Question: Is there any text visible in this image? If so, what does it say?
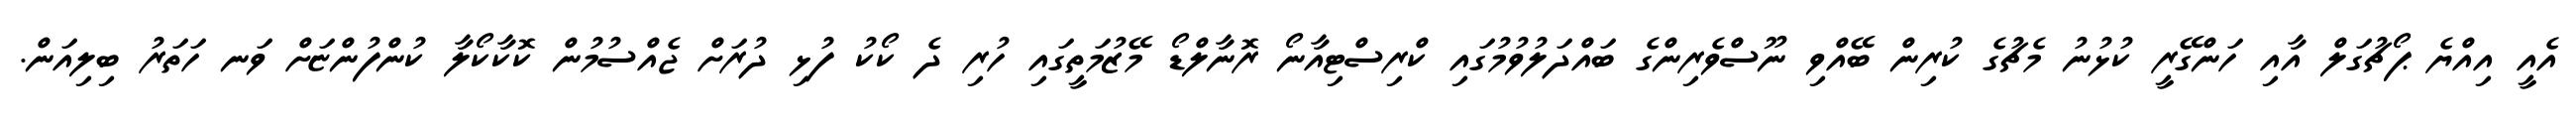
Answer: އެއީ އިއްޔެ ޕޯޗުގަލް އާއި ހަންގޭރީ ކުޅުނު މެޗުގެ ކުރިން ބޭއްވި ނޫސްވެރިންގެ ބައްދަލުވުމުގައި ކްރިސްޓިއާނޯ ރޮނާލްޑޯ މޭޒުމަތީގައި ހުރި ދެ ކޯކު ފުޅި ދުރަށް ޖެއްސުމުން ކޮކާކޯލާ ކުންފުންޏަށް ވަނ ހަތަރު ބިލިއަން.